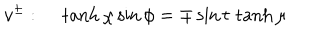
v ^ { \pm } : ~ \tanh \chi \sin \phi = \mp \sin t \, \tanh \mu